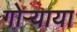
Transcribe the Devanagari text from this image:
गोऱ्याया